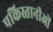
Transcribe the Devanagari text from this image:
पकिस्तानीओं